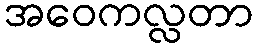
အဝေကလ္လတာ